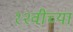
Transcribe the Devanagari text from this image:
१२वीच्या